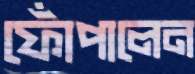
ফোঁপালেন